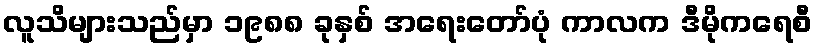
လူသိများသည်မှာ ၁၉၈၈ ခုနှစ် အရေးတော်ပုံ ကာလက ဒီမိုကရေစီ